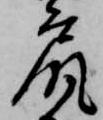
尻